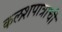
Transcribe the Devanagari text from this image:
कलशपात्राची